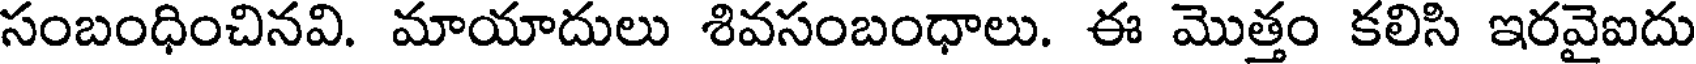
సంబంధించినవి. మాయాదులు శివసంబంధాలు. ఈ మొత్తం కలిసి ఇరవైఐదు